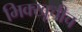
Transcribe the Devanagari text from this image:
भिक्खूचीच